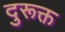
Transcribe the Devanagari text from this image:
दुरूक्त